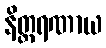
နိတ္ထရဏာယ